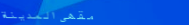
مقهى المدينة